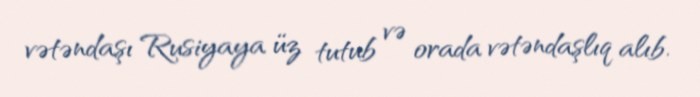
vətəndaşı Rusiyaya üz tutub və orada vətəndaşlıq alıb.